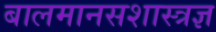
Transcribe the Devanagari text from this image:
बालमानसशास्त्रज्ञ